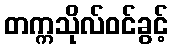
တက္ကသိုလ်ဝင်ခွင့်